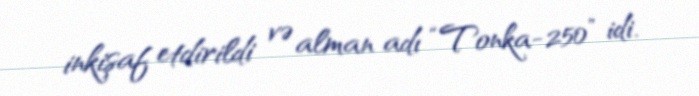
inkişaf etdirildi və alman adı “Tonka-250” idi.